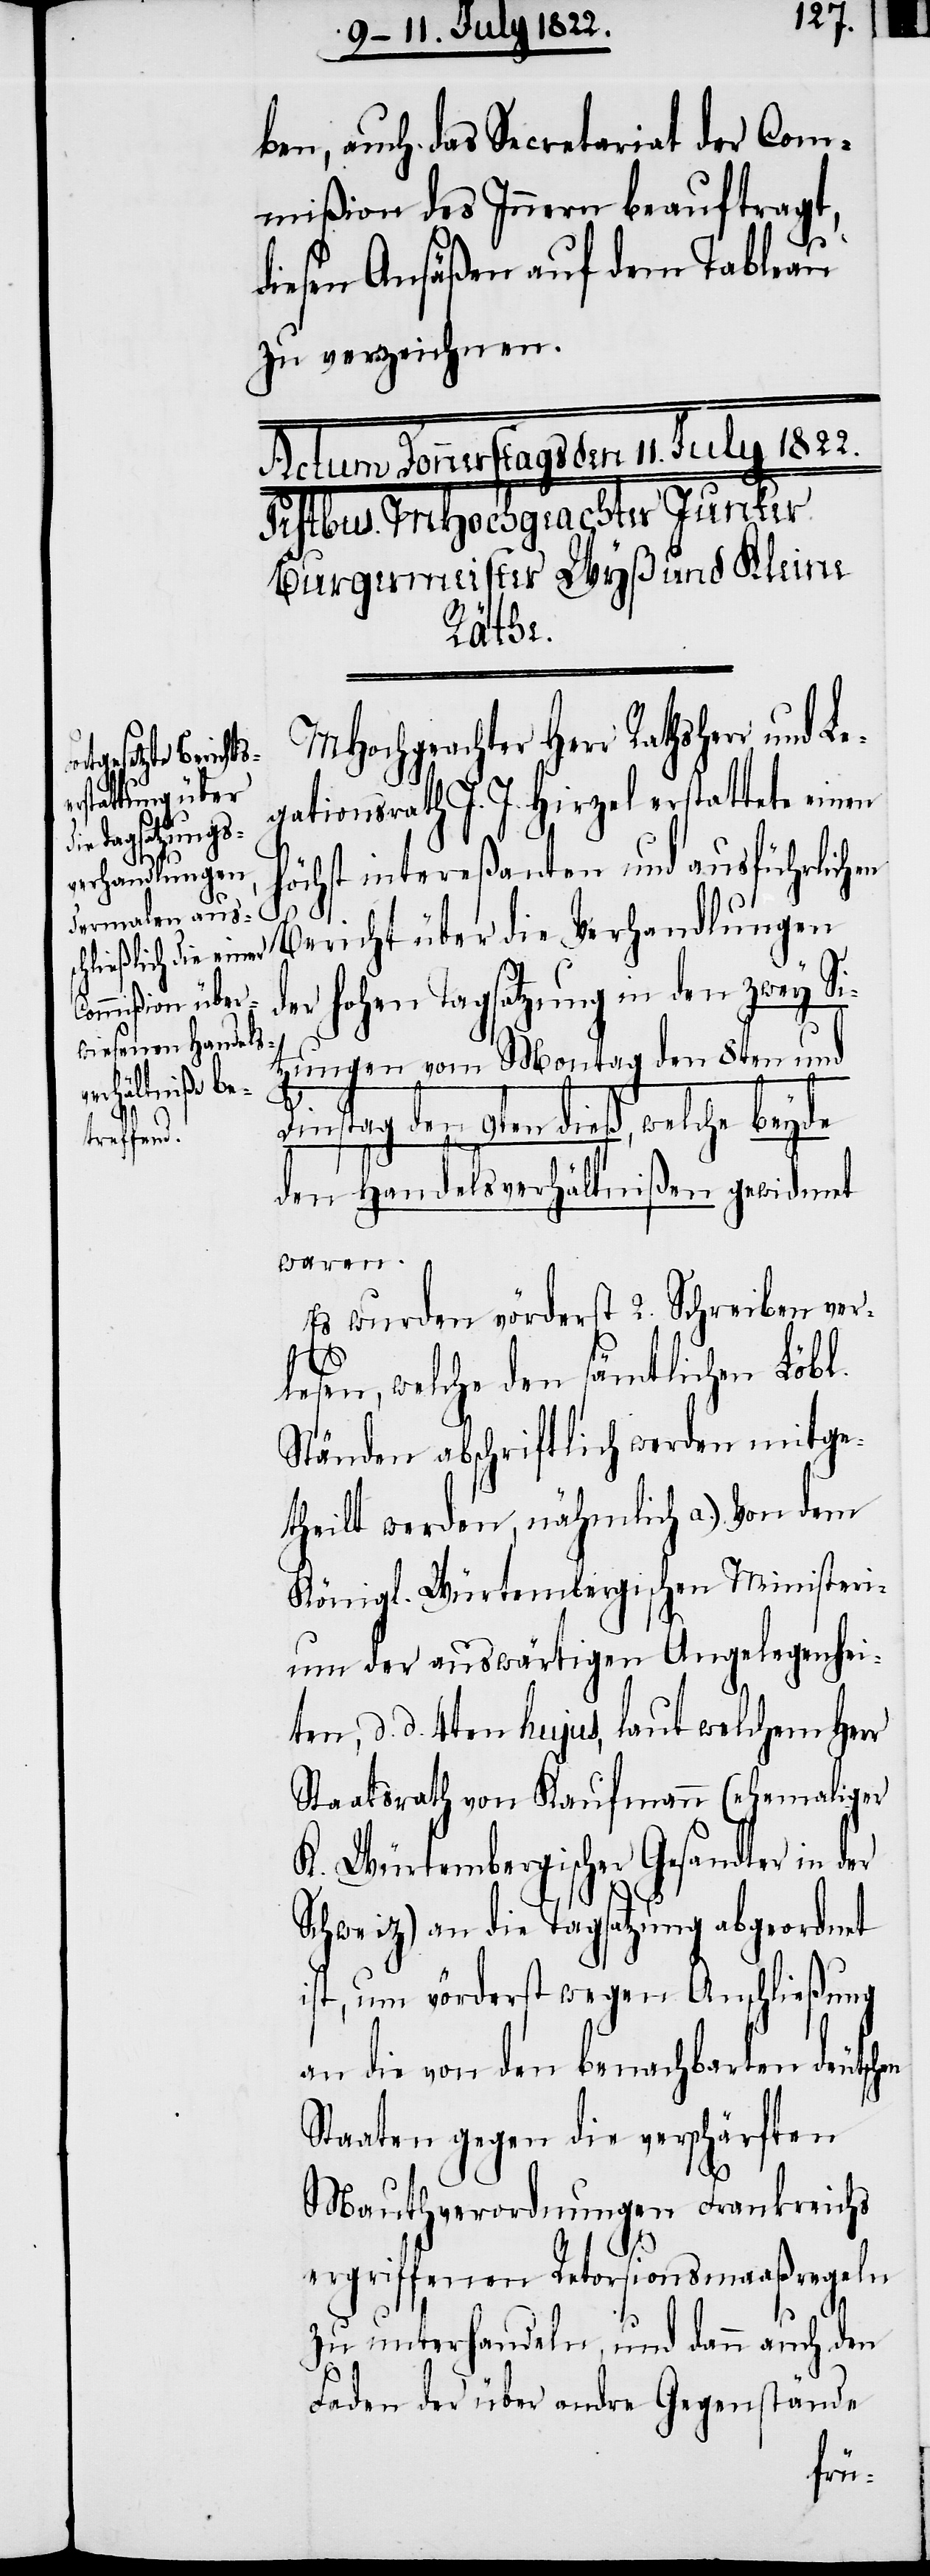
Le¬

ben, auch das Secretariat der Com¬
mißion des Innern beauftragt,
diesen Ansäßen auf dem Tableau
zu verzeichnen.
chen
MHochgeachter Herr Rathsherr und
gationsrath J. J. Hirzel erstattete einen
höchst intereßanten und ausführlichen
Bericht über die Verhandlungen
der hohen Tagsatzung in den zwey Si¬
tzungen von Montag den 8ten und
Dinstag den 9ten dieß, welche beyde
den Handelsverhältnißen gewidmet
waren.
Es wurden vörderst 2. Schreiben ver¬
lesen, welche den sämtlichen Löbl.
Ständen abschriftlich werden mitge¬
theilt werden, nähmlich a.) von dem
Königl. Würtembergischen Ministeri¬
um der auswärtigen Angelegenhei¬
ten, d. d. 4ten hujus, laut welchem Herr
Staatsrath von Kaufmann (ehemaliger
K. Würtembergischer Gesandter in der
Schweiz) an die Tagsatzung abgeordnet
ist, um vörderst wegen Anschließung
an die von den benachbarten deuts¬
Staaten gegen die verschärften
Mauthverordnungen Frankreichs
ergriffenen Retorsionsmaaßregeln
zu unterhandeln, und dann auch den
Faden der über andre Gegenstände